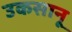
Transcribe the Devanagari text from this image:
उकसानू